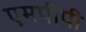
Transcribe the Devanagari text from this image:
एमपीपी